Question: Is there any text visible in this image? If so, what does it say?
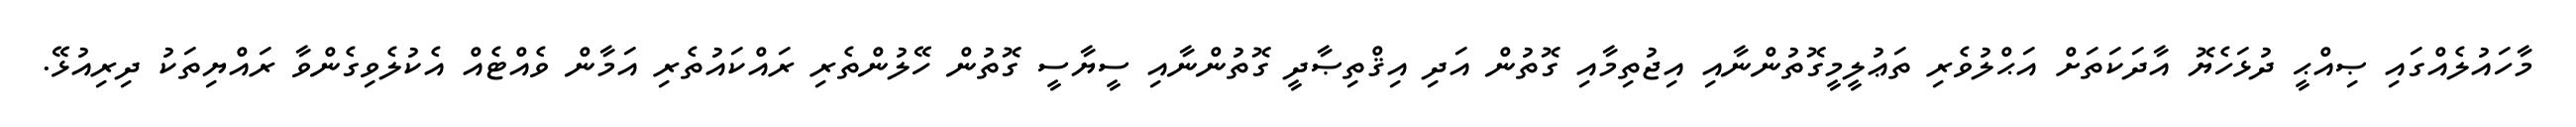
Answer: މާހައުލެއްގައި ޞިއްޙީ ދުޅަހެޔޮ އާދަކަތަށް އަޙްލުވެރި ތަޢުލީމީގޮތުންނާއި އިޖުތިމާއި ގޮތުން އަދި އިޤްތިޞާދީ ގޮތުންނާއި ސީޔާސީ ގޮތުން ހޭލުންތެރި ރައްކައުތެރި އަމާން ވެއްޓެއް އެކުލެވިގެންވާ ރައްޔިތަކު ދިރިއުޅޭ.